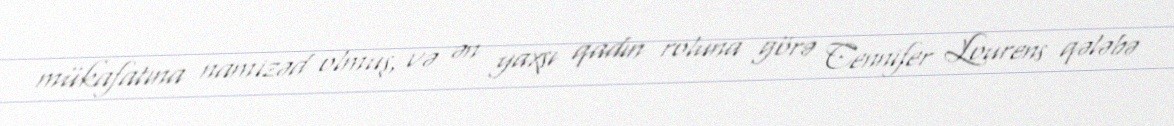
mükafatına namizəd olmuş, və ən yaxşı qadın roluna görə Cennifer Lourens qələbə